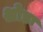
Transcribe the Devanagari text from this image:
श्रोडा